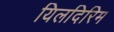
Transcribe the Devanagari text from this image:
यिलदिरिम